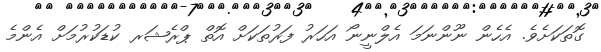
ގޮތަކަށެވެ. އެހެން ނޫންނަމަ އެލްނީނޯ އަހަރު ފަރުތަކަށް އޮތް ޕްރެޝަރ ކުޑަކުރުމަށް އެންމެ